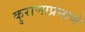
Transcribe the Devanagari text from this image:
कुराणाप्रमाणे